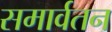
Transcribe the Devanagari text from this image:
समार्वतन